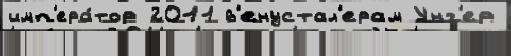
имп'ера́тор 2011 в'енустал'ерам Унг'ер